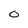
Character: O